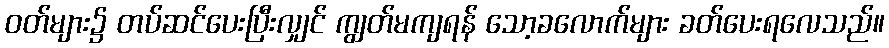
ဝတ်များ၌ တပ်ဆင်ပေးပြီးလျှင် ကျွတ်မကျရန် သော့ခလောက်များ ခတ်ပေးရလေသည်။